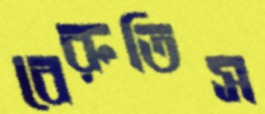
বেরুতিস